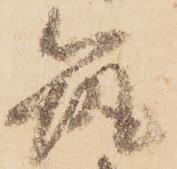
筑